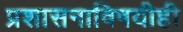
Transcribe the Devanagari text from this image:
प्रशासनाविषयीही